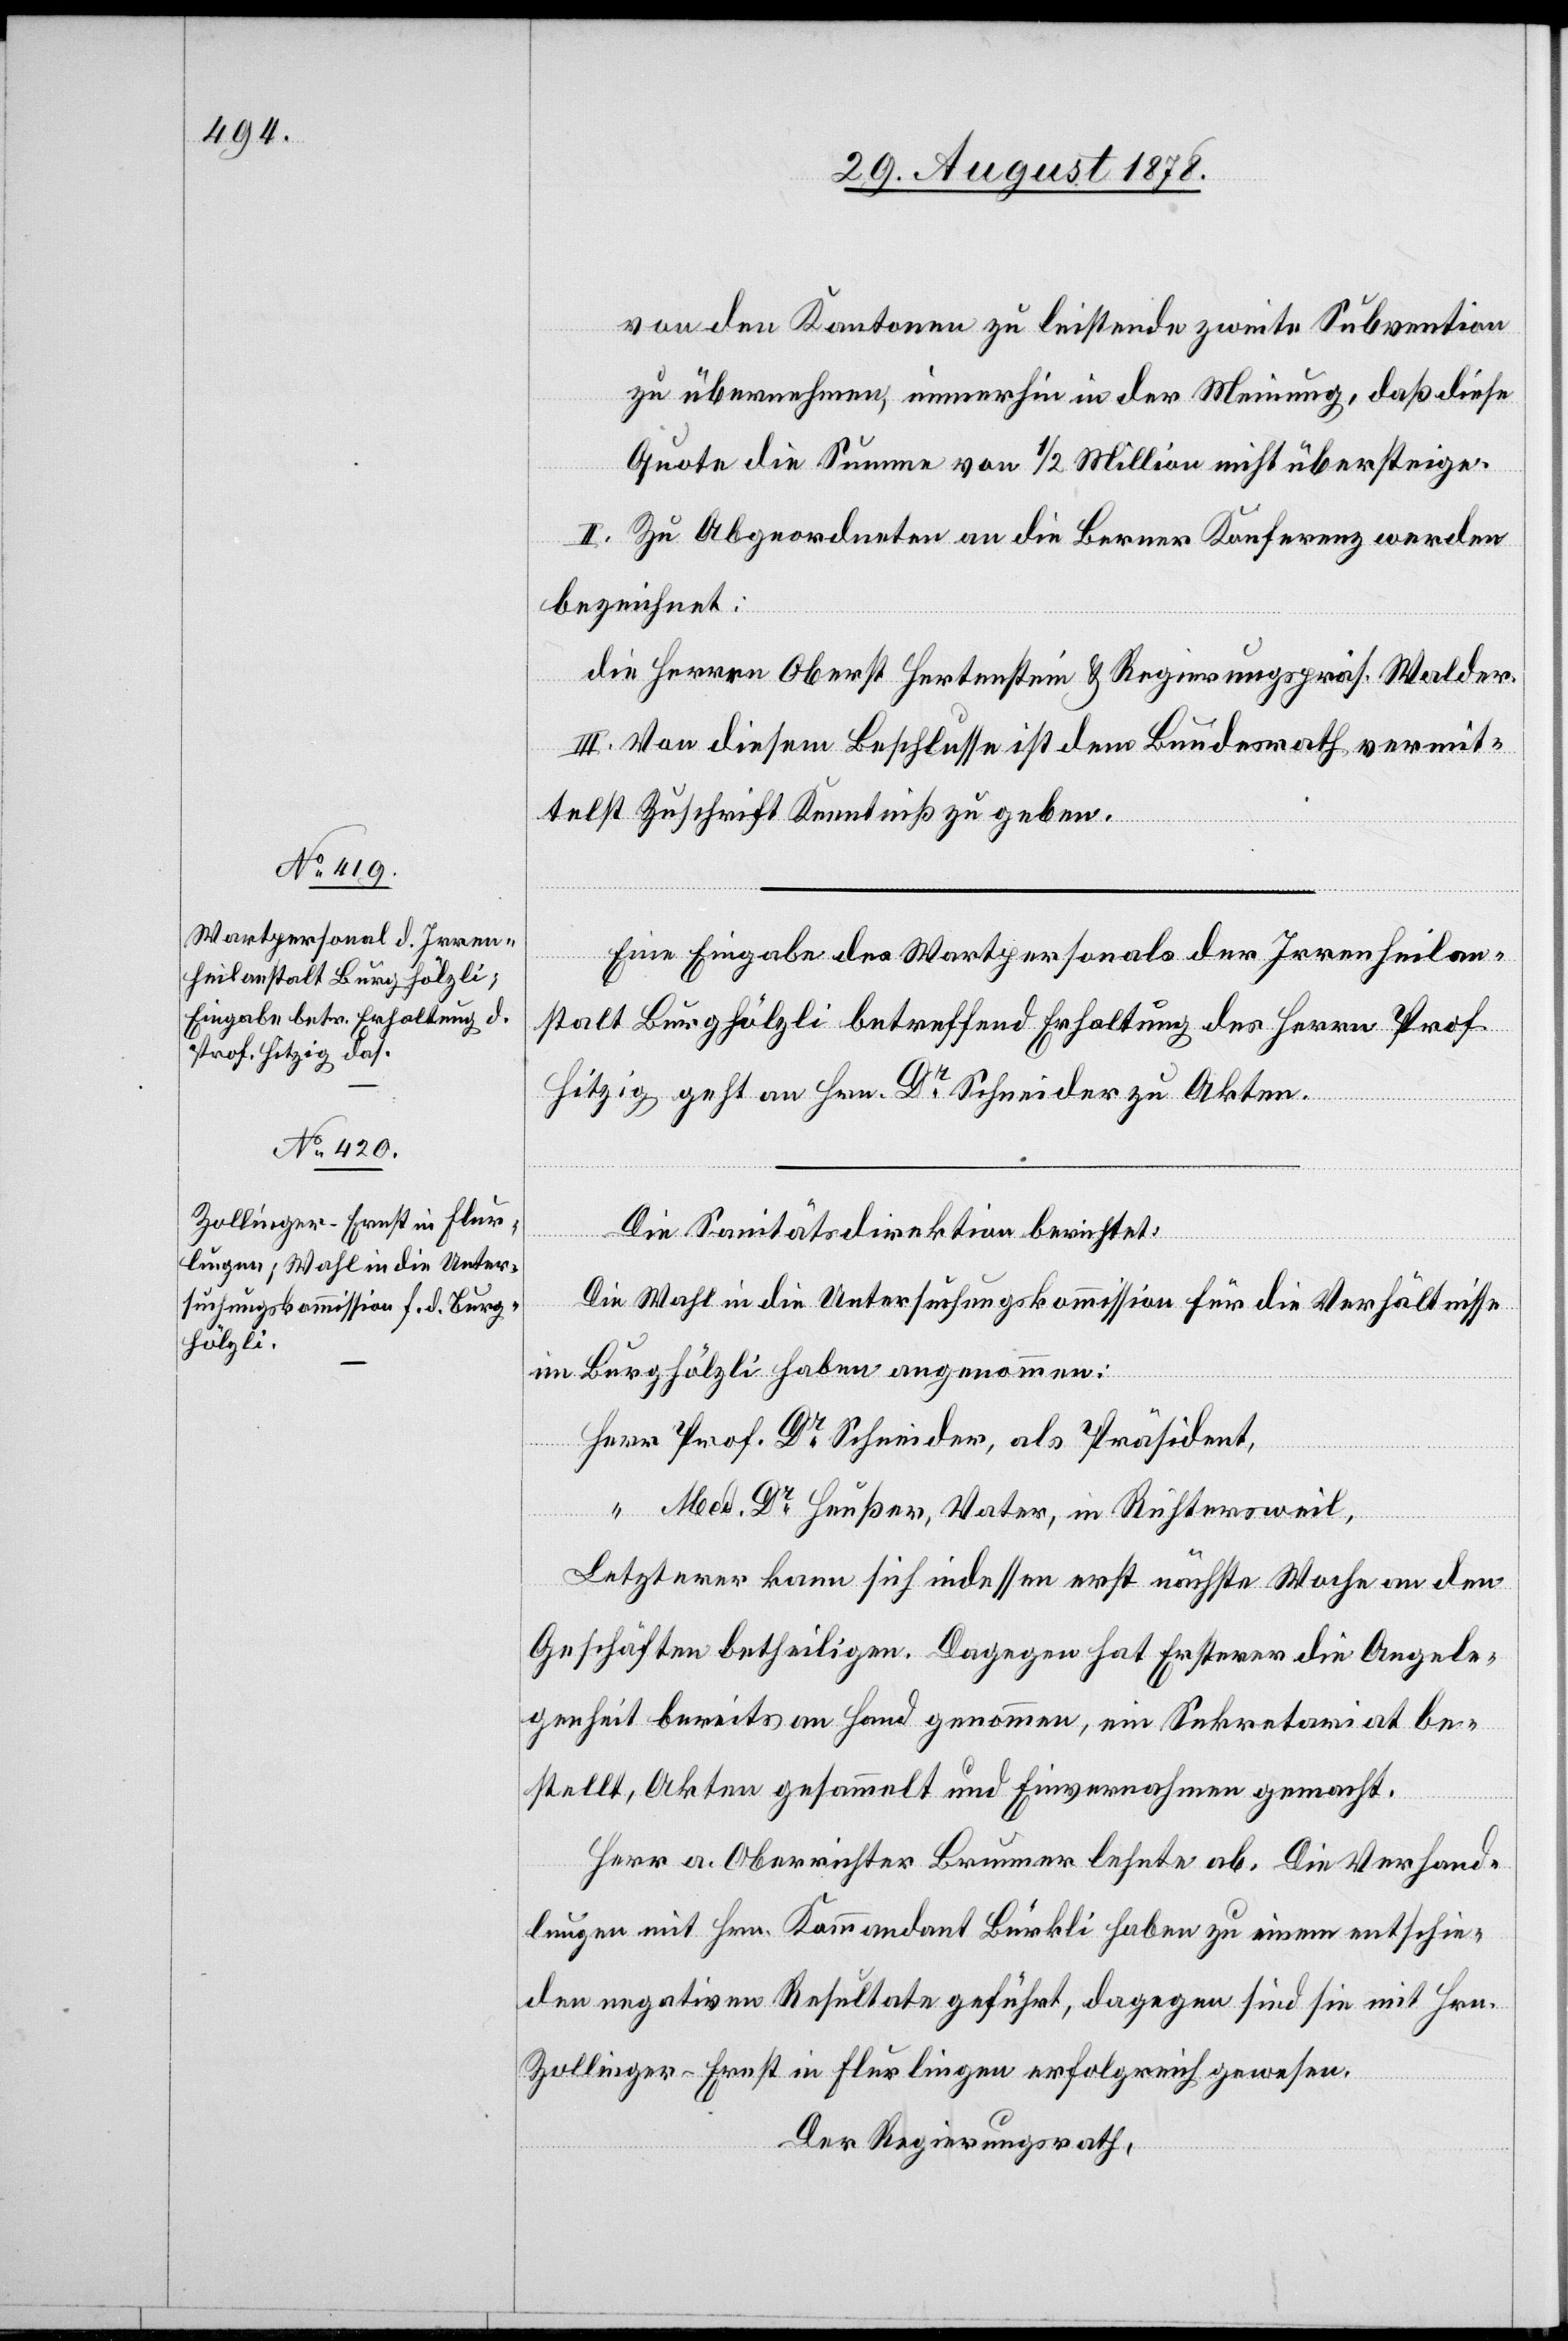
von den Kantonen zu leistende zweite Subvention
zu übernehmen, immerhin in der Meinung, daß diese
Quote die Summe von 1/2 Million nicht übersteige.
II. Zu Abgeordneten an die Berner Konferenz werden
bezeichnet:
Die Herren Oberst Hertenstein & Regierungspräs. Walder.
III. Von diesem Beschlusse ist dem Bundesrath vermit¬
telst Zuschrift Kenntniß zu geben.
Eine Eingabe des Wartpersonals der Irrenheilan¬
stalt Burghölzli betreffend Erhaltung des Herrn Prof.
Hitzig geht an Hrn. Dr Schneider zu Akten.
Die Sanitätsdirektion berichtet:
Die Wahl in die Untersuchungskommission für die Verhältnisse
im Burghölzli haben angenommen:
Herr Prof. Dr Schneider, als Präsident,
“ Med. Dr Heußer, Vater, in Richtersweil,
Letzterer kann sich indessen erst nächste Woche an den
Geschäften betheiligen. Dagegen hat Ersterer die Angele¬
genheit bereits an Hand genommen, ein Sekretariat be¬
stellt, Akten gesammelt und Einvernahmen gemacht.
Herr a. Oberrichter Brunner lehnte ab. Die Verhand¬
lungen mit Hrn. Kommandant Bürkli haben zu einem entschie¬
den negativen Resultate geführt, dagegen sind sie mit Hrn.
Zollinger-Ernst in Flurlingen erfolgreich gewesen.
Der Regierungsrath,